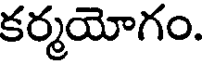
కర్మయోగం.